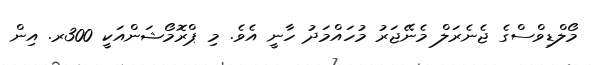
މޯލްޑިވްސްގެ ޖެނެރަލް މެނޭޖަރު މުހައްމަދު ހާނީ އެވެ. މި ޕްރޮމޯޝަންއަކީ 300ރ. އިން